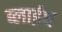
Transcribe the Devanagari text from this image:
ब्लाईथ